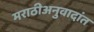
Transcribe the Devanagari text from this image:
मराठीअनुवादांत